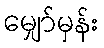
မျှော်မှန်း